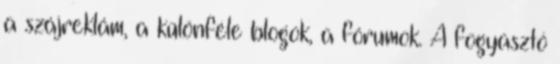
a szájreklám, a különféle blogok, a fórumok. A fogyasztó